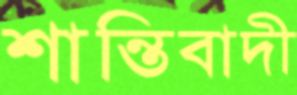
শান্তিবাদী